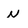
Character: N